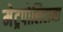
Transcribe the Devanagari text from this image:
मेट्रपोलिटाना